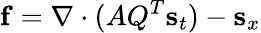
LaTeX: \mathbf{f}=\nabla\cdot(AQ^{T}\mathbf{s}_{t})-\mathbf{s}_{x}